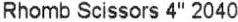
RHOMB SCISSORS 4" 2040